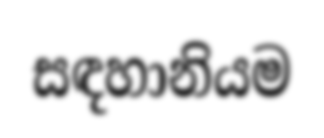
සඳහානියම